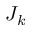
J _ { k }